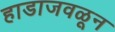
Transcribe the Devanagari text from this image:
हाडाजवळून